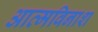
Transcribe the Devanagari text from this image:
आत्मविनाश